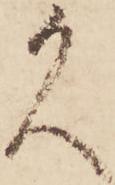
久